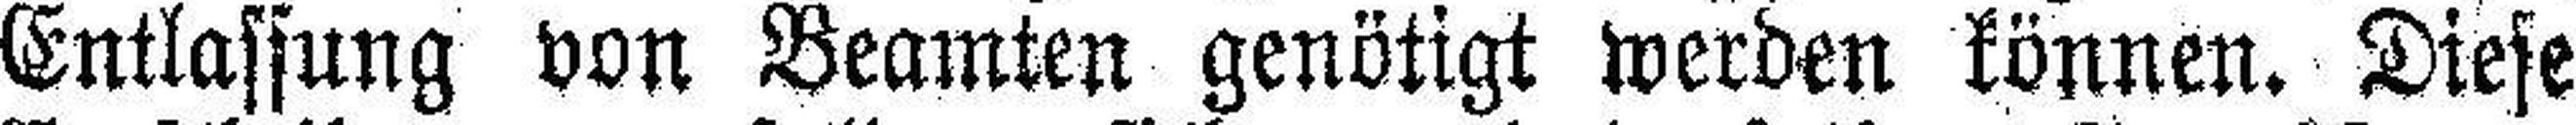
Entlassung von Beamten genötigt werden können. Diese